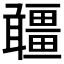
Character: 𤳾